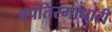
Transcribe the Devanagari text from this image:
बपतिस्माधारी